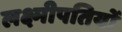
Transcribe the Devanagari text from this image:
लक्ष्मीपतियों